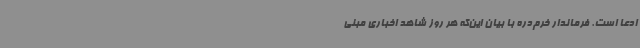
ادعا است. فرماندار خرم‌دره با بیان این‌که هر روز شاهد اخباری مبنی